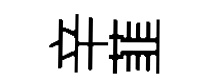
辛韮